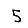
Digit: 5